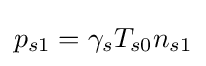
p_{s1}=\gamma _{s}T_{s0}n_{s1}